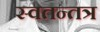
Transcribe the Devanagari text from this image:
स्वतन्तत्र